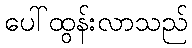
ပေါ်ထွန်းလာသည်